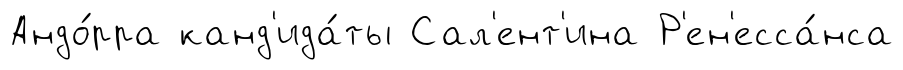
Андо́рра канд'ида́ты Сал'ент'ина Р'ен'есса́нса